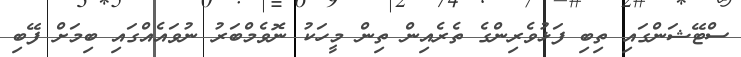
ސްޓޭޝަންގައި ތިބި ފަޅުވެރިންގެ ތެރެއިން ތިން މީހަކު ނޮވެމްބަރު ނުވައެއްގައި ބިމަށް ފޭބި